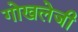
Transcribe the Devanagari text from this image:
गोखलेजी